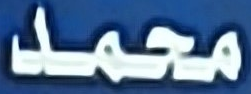
محمد